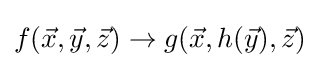
f({\vec {x}},{\vec {y}},{\vec {z}})\rightarrow g({\vec {x}},h({\vec {y}}),{\vec {z}})